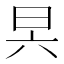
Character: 昗